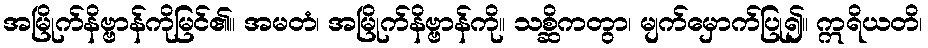
အမြိုက်နိဗ္ဗာန်ကိုမြင်၏။ အမတံ၊ အမြိုက်နိဗ္ဗာန်ကို။ သစ္ဆိကတွာ၊ မျက်မှောက်ပြု၍။ ဣရိယတိ၊